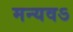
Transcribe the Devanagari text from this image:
मन्यवऽ